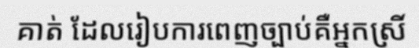
គាត់ ដែលរៀបការពេញច្បាប់គឺអ្នកស្រី